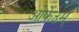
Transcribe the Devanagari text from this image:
ओर्फेउम्